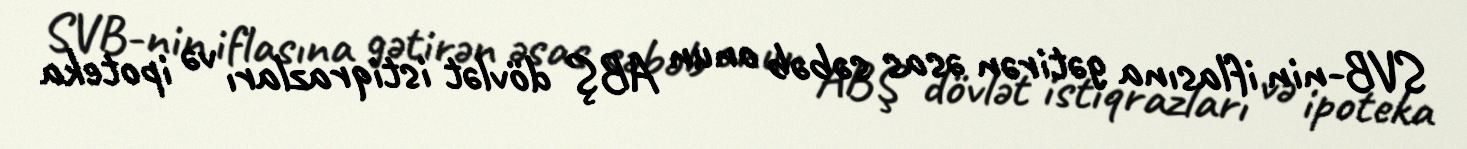
SVB-nin iflasına gətirən əsas səbəb onun ABŞ dövlət istiqrazları və ipoteka